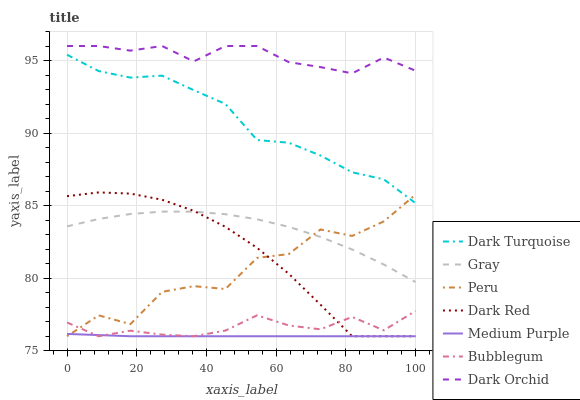
| xaxis_label | Dark Turquoise | Gray | Peru | Dark Red | Medium Purple | Bubblegum | Dark Orchid |
 | --- | --- | --- | --- | --- | --- | --- | --- |
 | 0 | 95.4 | 83.6 | 76 | 85.7 | 76.2 | 76.9 | 96 |
 | 9.09 | 94.3 | 84.1 | 77.4 | 85.9 | 76.1 | 76 | 96 |
 | 18.2 | 93.8 | 84.4 | 76.8 | 85.8 | 76 | 76.4 | 95.7 |
 | 27.3 | 94 | 84.6 | 79.1 | 85.4 | 76 | 76.1 | 96 |
 | 36.4 | 93 | 84.6 | 79.5 | 84.6 | 76 | 76 | 94.9 |
 | 45.5 | 92 | 84.4 | 79.3 | 83.5 | 76 | 76.4 | 96 |
 | 54.5 | 89.5 | 84.1 | 81.4 | 82.1 | 76 | 77.4 | 96 |
 | 63.6 | 89.3 | 83.5 | 81.7 | 80.3 | 76 | 76.7 | 94.9 |
 | 72.7 | 88.5 | 82.8 | 83.4 | 78.2 | 76 | 76.5 | 94.5 |
 | 81.8 | 87.3 | 82 | 82.9 | 76 | 76 | 77.3 | 94.1 |
 | 90.9 | 86.8 | 80.9 | 83.9 | 76 | 76 | 76.4 | 95.2 |
 | 100 | 85.2 | 79.7 | 85.8 | 76 | 76 | 77.7 | 94.3 |